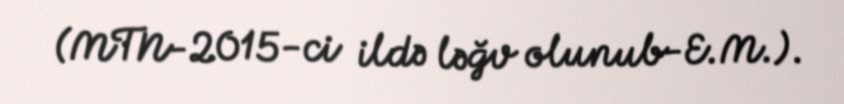
(MTN-2015-ci ildə ləğv olunub-E.M.).